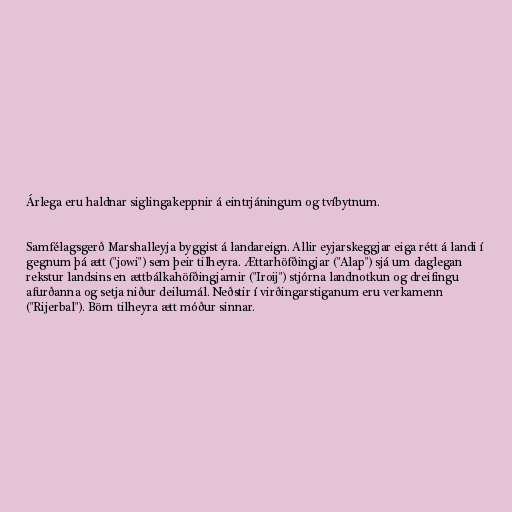
Árlega eru haldnar siglingakeppnir á eintrjáningum og tvíbytnum.

Samfélagsgerð Marshalleyja byggist á landareign. Allir eyjarskeggjar eiga rétt á landi í
gegnum þá ætt ("jowi") sem þeir tilheyra. Ættarhöfðingjar ("Alap") sjá um daglegan
rekstur landsins en ættbálkahöfðingjarnir ("Iroij") stjórna landnotkun og dreifingu
afurðanna og setja niður deilumál. Neðstir í virðingarstiganum eru verkamenn
("Rijerbal"). Börn tilheyra ætt móður sinnar.